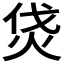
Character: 𤇰